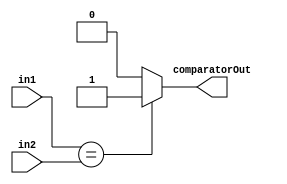
module comparator(input signed [7:0] in1, input signed [7:0] in2, output reg comparatorOut);
	always@(in1 or in2)
	begin
		if(in1==in2)
			comparatorOut=1'b1;
		else
			comparatorOut=1'b0;
	end
endmodule

module branchAdder(input [7:0] in1, input [7:0] in2, output reg [7:0] branchAddr);

always @ ( in1 or in2 ) begin
    branchAddr = in1 + in2;
end

endmodule

module branchCtrlHazard ( input comparatorOut, input branchInstr,
    output reg branchPcSrc, output reg IFID_flush);

    always @(comparatorOut or branchInstr)
    begin
        if(branchInstr == 2'b11)
        begin
            if(comparatorOut == 1'b1 && branchInstr == 2'b11)
            begin
                branchPcSrc = 1'b1;
                IFID_flush = 1'b1;
            end

            else
            begin
                branchPcSrc = 1'b0;
                IFID_flush = 1'b0;
            end
        end

    end

endmodule // branchCtrlHazzard ends